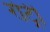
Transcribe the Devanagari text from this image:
रोट्री